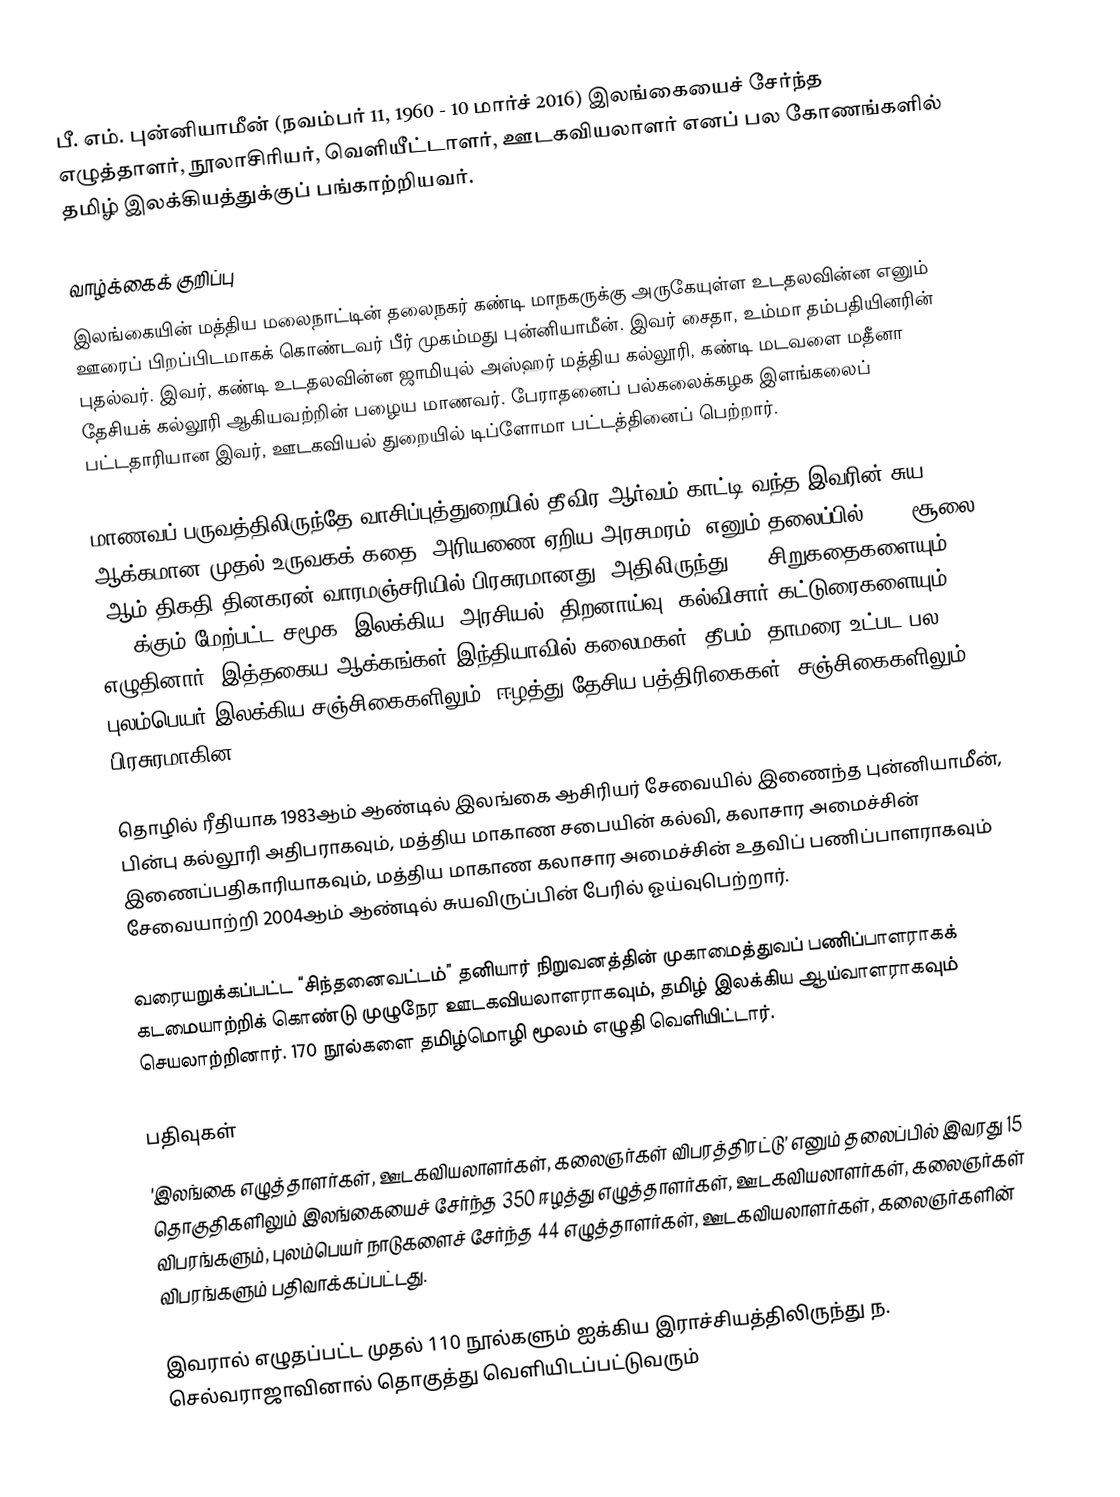
பீ. எம். புன்னியாமீன் (நவம்பர் 11, 1960 - 10 மார்ச் 2016) இலங்கையைச் சேர்ந்த எழுத்தாளர், நூலாசிரியர், வெளியீட்டாளர், ஊடகவியலாளர் எனப் பல கோணங்களில் தமிழ் இலக்கியத்துக்குப் பங்காற்றியவர்.

வாழ்க்கைக் குறிப்பு
இலங்கையின் மத்திய மலைநாட்டின் தலைநகர் கண்டி மாநகருக்கு அருகேயுள்ள உடதலவின்ன எனும் ஊரைப் பிறப்பிடமாகக் கொண்டவர் பீர் முகம்மது புன்னியாமீன். இவர் சைதா, உம்மா தம்பதியினரின் புதல்வர். இவர், கண்டி உடதலவின்ன ஜாமியுல் அஸ்ஹர் மத்திய கல்லூரி, கண்டி மடவளை மதீனா தேசியக் கல்லூரி ஆகியவற்றின் பழைய மாணவர். பேராதனைப் பல்கலைக்கழக இளங்கலைப் பட்டதாரியான இவர், ஊடகவியல் துறையில் டிப்ளோமா பட்டத்தினைப் பெற்றார்.

மாணவப் பருவத்திலிருந்தே வாசிப்புத்துறையில் தீவிர ஆர்வம் காட்டி வந்த இவரின் சுய ஆக்கமான முதல் உருவகக் கதை ‘அரியணை ஏறிய அரசமரம்’ எனும் தலைப்பில் 1978 சூலை 2ஆம் திகதி தினகரன் வாரமஞ்சரியில் பிரசுரமானது. அதிலிருந்து 162 சிறுகதைகளையும், 5000க்கும் மேற்பட்ட சமூக, இலக்கிய, அரசியல், திறனாய்வு, கல்விசார் கட்டுரைகளையும் எழுதினார். இத்தகைய ஆக்கங்கள் இந்தியாவில் கலைமகள், தீபம், தாமரை உட்பட பல புலம்பெயர் இலக்கிய சஞ்சிகைகளிலும், ஈழத்து தேசிய பத்திரிகைகள், சஞ்சிகைகளிலும் பிரசுரமாகின.

தொழில் ரீதியாக 1983ஆம் ஆண்டில் இலங்கை ஆசிரியர் சேவையில் இணைந்த புன்னியாமீன், பின்பு கல்லூரி அதிபராகவும், மத்திய மாகாண சபையின் கல்வி, கலாசார அமைச்சின் இணைப்பதிகாரியாகவும், மத்திய மாகாண கலாசார அமைச்சின் உதவிப் பணிப்பாளராகவும் சேவையாற்றி 2004ஆம் ஆண்டில் சுயவிருப்பின் பேரில் ஓய்வுபெற்றார்.

வரையறுக்கப்பட்ட “சிந்தனைவட்டம்” தனியார் நிறுவனத்தின் முகாமைத்துவப் பணிப்பாளராகக் கடமையாற்றிக் கொண்டு முழுநேர ஊடகவியலாளராகவும், தமிழ் இலக்கிய ஆய்வாளராகவும் செயலாற்றினார். 170 நூல்களை தமிழ்மொழி மூலம் எழுதி வெளியிட்டார்.

பதிவுகள்
'இலங்கை எழுத்தாளர்கள், ஊடகவியலாளர்கள், கலைஞர்கள் விபரத்திரட்டு’ எனும் தலைப்பில் இவரது 15 தொகுதிகளிலும் இலங்கையைச் சேர்ந்த 350 ஈழத்து எழுத்தாளர்கள், ஊடகவியலாளர்கள், கலைஞர்கள் விபரங்களும், புலம்பெயர் நாடுகளைச் சேர்ந்த 44 எழுத்தாளர்கள், ஊடகவியலாளர்கள், கலைஞர்களின் விபரங்களும் பதிவாக்கப்பட்டது.

இவரால் எழுதப்பட்ட முதல் 110 நூல்களும் ஐக்கிய இராச்சியத்திலிருந்து ந. செல்வராஜாவினால் தொகுத்து வெளியிடப்பட்டுவரும்